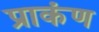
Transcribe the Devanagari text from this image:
प्राकंण